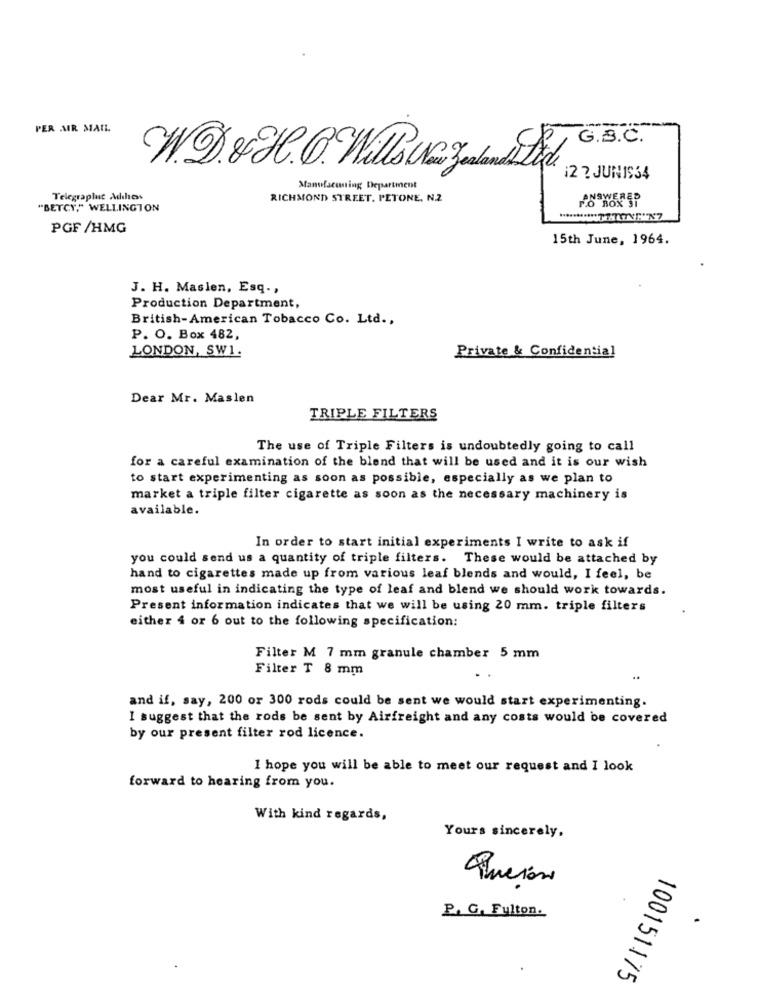
PER AIR MAIL
G.B.C.
WD &H.G. Wie Ja Hed
12 ? JUNIS34
Manufacening Department
Telegraphic Adchess
RICHMOND STREET. PETONE, N.2
"BETCY," WELLINGTON
PGF /HMG
15th June, 1964.
J. H. Maslen, Esq .,
Production Department,
British-American Tobacco Co. Ltd .,
P. O. Box 482,
LONDON, SW1.
Private & Confidential
Dear Mr. Maslen
TRIPLE FILTERS
The use of Triple Filters is undoubtedly going to call
for a careful examination of the blend that will be used and it is our wish
to start experimenting as soon as possible, especially as we plan to
market a triple filter cigarette as soon as the necessary machinery is
available.
In order to start initial experiments I write to ask if
you could send us a quantity of triple filters. These would be attached by
hand to cigarettes made up from various leaf blends and would, I feel, be
most useful in indicating the type of leaf and blend we should work towards.
Present information indicates that we will be using 20 mm. triple filters
either 4 or 6 out to the following specification:
Filter M 7 mm granule chamber 5 mm
Filter T 8 mm
and if, say, 200 or 300 rods could be sent we would start experimenting.
I suggest that the rods be sent by Airfreight and any costs would be covered
by our present filter rod licence.
I hope you will be able to meet our request and I look
forward to hearing from you.
With kind regards,
Yours sincerely,
Queión
P. G. Fulton.
100151175